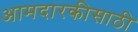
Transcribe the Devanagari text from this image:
आमदारकीसाठी